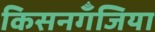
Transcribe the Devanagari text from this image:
किसनगॅँजिया